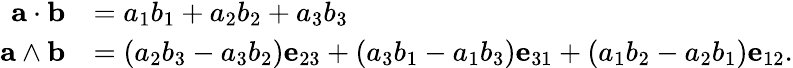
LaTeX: {\begin{array}{rl}{\mathbf{a}\cdot\mathbf{b}}&{=a_{1}b_{1}+a_{2}b_{2}+a_{3}b_{3}}\\ {\mathbf{a}\wedge\mathbf{b}}&{=(a_{2}b_{3}-a_{3}b_{2})\mathbf{e}_{23}+(a_{3}b_{1}-a_{1}b_{3})\mathbf{e}_{31}+(a_{1}b_{2}-a_{2}b_{1})\mathbf{e}_{12}.}\end{array}}